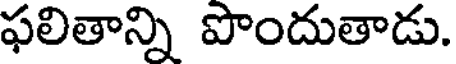
ఫలితాన్ని పొందుతాడు.